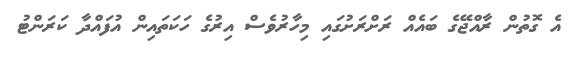
އެ ގޮތުން ރާއްޖޭގެ ބައެއް ރަށްރަށުގައި މިހާރުވެސް އިރުގެ ހަކަތައިން އުފައްދާ ކަރަންޓު